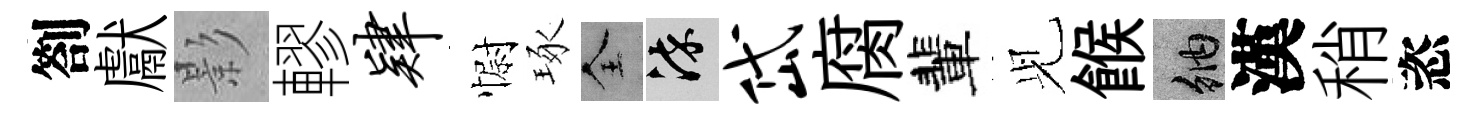
劄獻影轇肄𢠢琢全染岱腐輩𫤗餱納漢稍恣